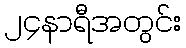
၂၄နာရီအတွင်း